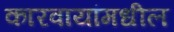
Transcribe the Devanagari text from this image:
कारवायांमधील